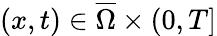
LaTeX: (x,t)\in\overline{\Omega}\times(0,T]